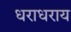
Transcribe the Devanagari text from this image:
धराधराय